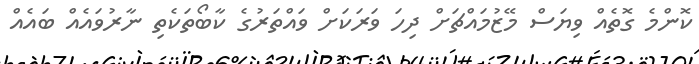
ކޮންމެ ގޮތެއް ވިޔަސް މޭޒުމައްޗަށް ދިހަ ވަރަކަށް ވައްތަރުގެ ކާބޯތަކެތި ނާރުވައެއް ބައެއް